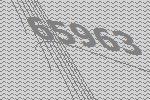
65963